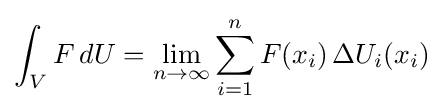
\int _{V}F\,dU=\lim _{n\rightarrow \infty }\sum _{i=1}^{n}F(x_{i})\,\Delta U_{i}(x_{i})